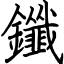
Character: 鑯